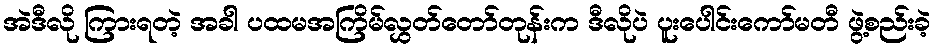
အဲဒီလို ကြားရတဲ့ အခါ ပထမအကြိမ်လွှတ်တော်တုန်းက ဒီလိုပဲ ပူးပေါင်းကော်မတီ ဖွဲ့စည်းခဲ့